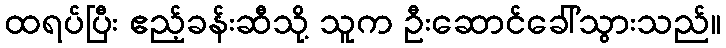
ထရပ်ပြီး ဧည့်ခန်းဆီသို့ သူက ဦးဆောင်ခေါ်သွားသည်။